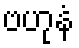
ဗဟုနံ